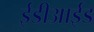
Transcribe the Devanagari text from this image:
ईडीआईड